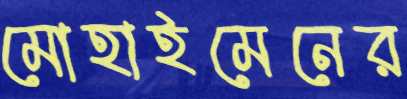
মোহাইমেনের